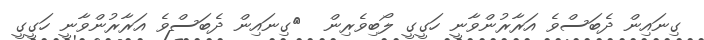
ގިނައިން ދެބަސްވެ އަރާރުންވާނީ ހަގީގީ ލޯބިވެރިން  	ގިނައިން ދެބަސްވެ އަރާރުންވާނީ ހަގީގީ